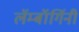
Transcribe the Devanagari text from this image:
लॅम्बॉर्गिनी